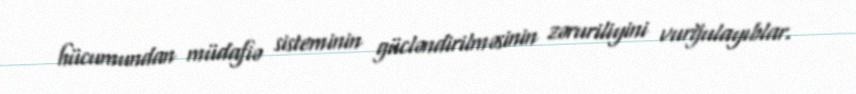
hücumundan müdafiə sisteminin gücləndirilməsinin zəruriliyini vurğulayıblar.